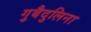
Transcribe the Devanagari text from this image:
गुबैदुलिना